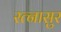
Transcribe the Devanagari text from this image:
रत्नासुर